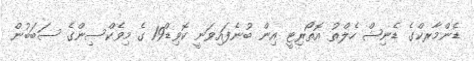
ޑެންމާރކްގެ ޑެނިޝް ހެލްތު އޮތޯރިޓީ އިން ބުނެފައިވަނީ ކޮވިޑް19 ގެ މިވެކްސިންގެ ސަބަބުން